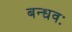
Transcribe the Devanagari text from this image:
बन्धवः